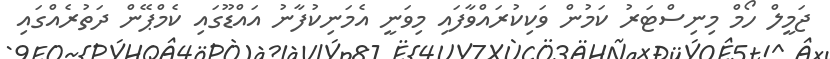
ޖަމީލް ހޯމް މިނިސްޓަރު ކަމުން ވަކިކުރައްވާފައި މިވަނީ އެމަނިކުފާނު އައްޑޫގައި ކެމްޕޭން ދަތުރެއްގައި